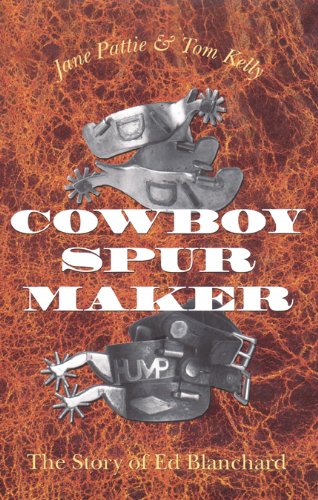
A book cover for Cowboy Spurs and Their Makers (Centennial Series of the Association of Former Students, Texas A&M University); Jane Pattie; Sports & Outdoors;